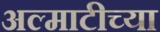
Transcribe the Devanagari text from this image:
अल्माटीच्या